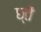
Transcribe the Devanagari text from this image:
छ्तें